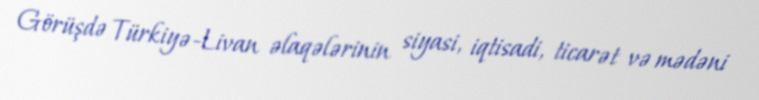
Görüşdə Türkiyə-Livan əlaqələrinin siyasi, iqtisadi, ticarət və mədəni